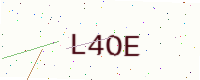
Text: L4OE